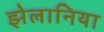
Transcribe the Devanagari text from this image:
झेलानिया